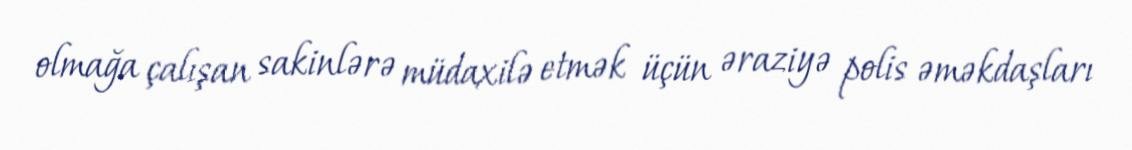
olmağa çalışan sakinlərə müdaxilə etmək üçün əraziyə polis əməkdaşları